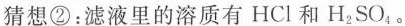
猜想②：滤液里的溶质有HCl和H_{2}SO_{4}。